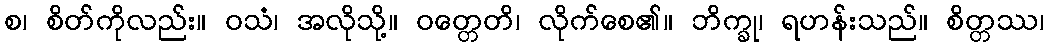
စ၊ စိတ်ကိုလည်း။ ဝသံ၊ အလိုသို့။ ဝတ္တေတိ၊ လိုက်စေ၏။ ဘိက္ခု၊ ရဟန်းသည်။ စိတ္တဿ၊